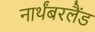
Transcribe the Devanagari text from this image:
नार्थंबरलैंड